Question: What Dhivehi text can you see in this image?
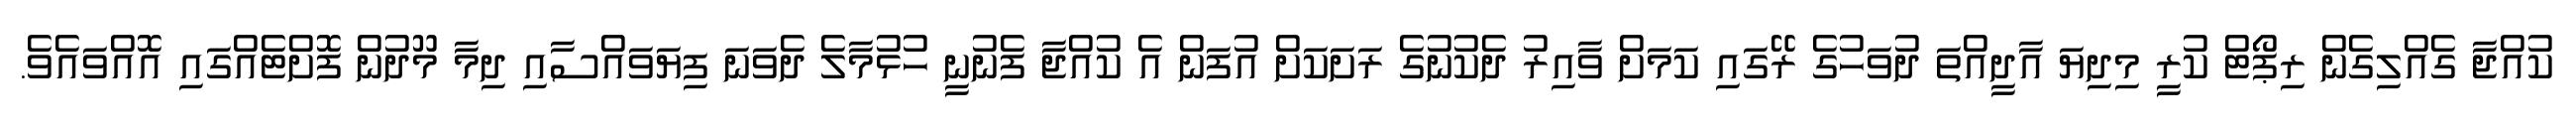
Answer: ކުއްޖާ ގެއްލިގެން ރިޕޯޓް ކުރީ މިދިޔަ އާދީއްތަ ދުވަހުގެ ރޭގައި ކަމަށް ވާއިރު ދެކުނުގެ ރަށަކަށް އުފަން އެ ކުއްޖާ ފެނުނީ ހުޅުމާލެ ދެވަނަ ފިޔަވައްސާއި ދިމާ މޫދުން ފޮށްޓެއްގައި އޮއްވައެވެ.